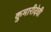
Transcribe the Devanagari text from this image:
कुमारीदेवी